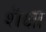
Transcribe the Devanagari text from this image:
शैक्षा